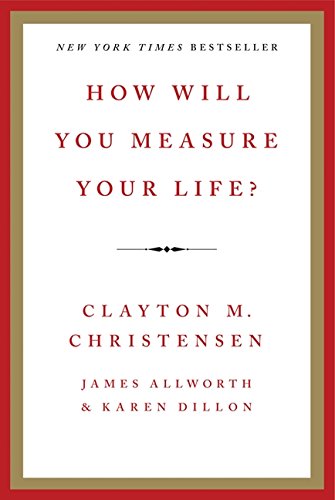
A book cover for How Will You Measure Your Life?; Clayton M. Christensen; Self-Help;